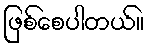
ဖြစ်စေပါတယ်။